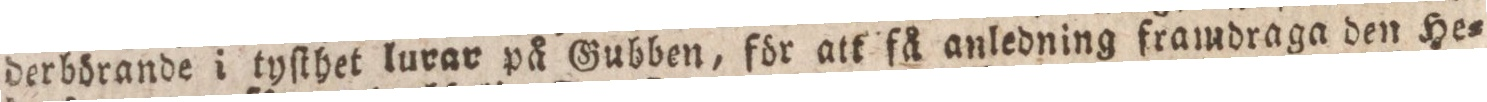
derbörande i tyſthet lurar på Gubben, för att få anledning framdraga den He=